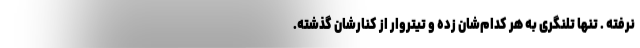
نرفته . تنها تلنگری به هر کدام‌شان زده و تیتروار از کنارشان گذشته.